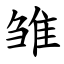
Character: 雏